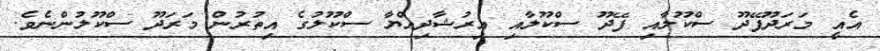
އެއީ މަރަދޫފޭދޫ ސްކޫލާއި ފޭދޫ ސްކޫލާއި އިރުޝާދިއްޔާ ސްކޫލުގެ އިތުރުން މަރަދޫ ސްކޫލުންނެވެ.